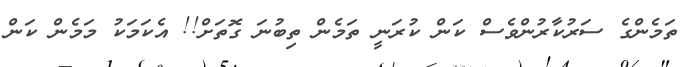
ތަމެންގެ ސަރުކާރުންވެސް ކަން ކުރަނީ ތަމެން ތިބުނަަ ގޮތަށް!! އެކަމަކު މަމެން ކަން